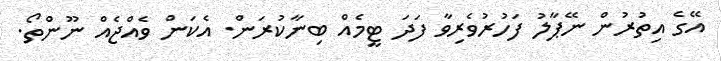
އޭގެ އިތުރުން ނޭޕާލު ފަހުރުވެރިވާ ފަދަ ޓީމެއް ބިނާކުރަން. އެކަން ވެއްޖެއް ނޫންތޯ.